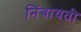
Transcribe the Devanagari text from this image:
निंबायती